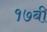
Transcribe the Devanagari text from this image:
१७बी